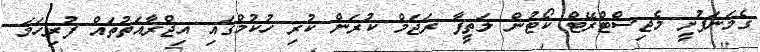
ގެމަނަފުށީ މެޖިސްޓްރޭޓް ކޯޓުން ލަތީފާ ރަޖަމް ކުރަން ކުރި ހުކުމްގައި އިޖްރާއަތުތައް ފުރިހަމަ